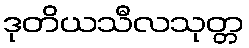
ဒုတိယသီလသုတ္တ